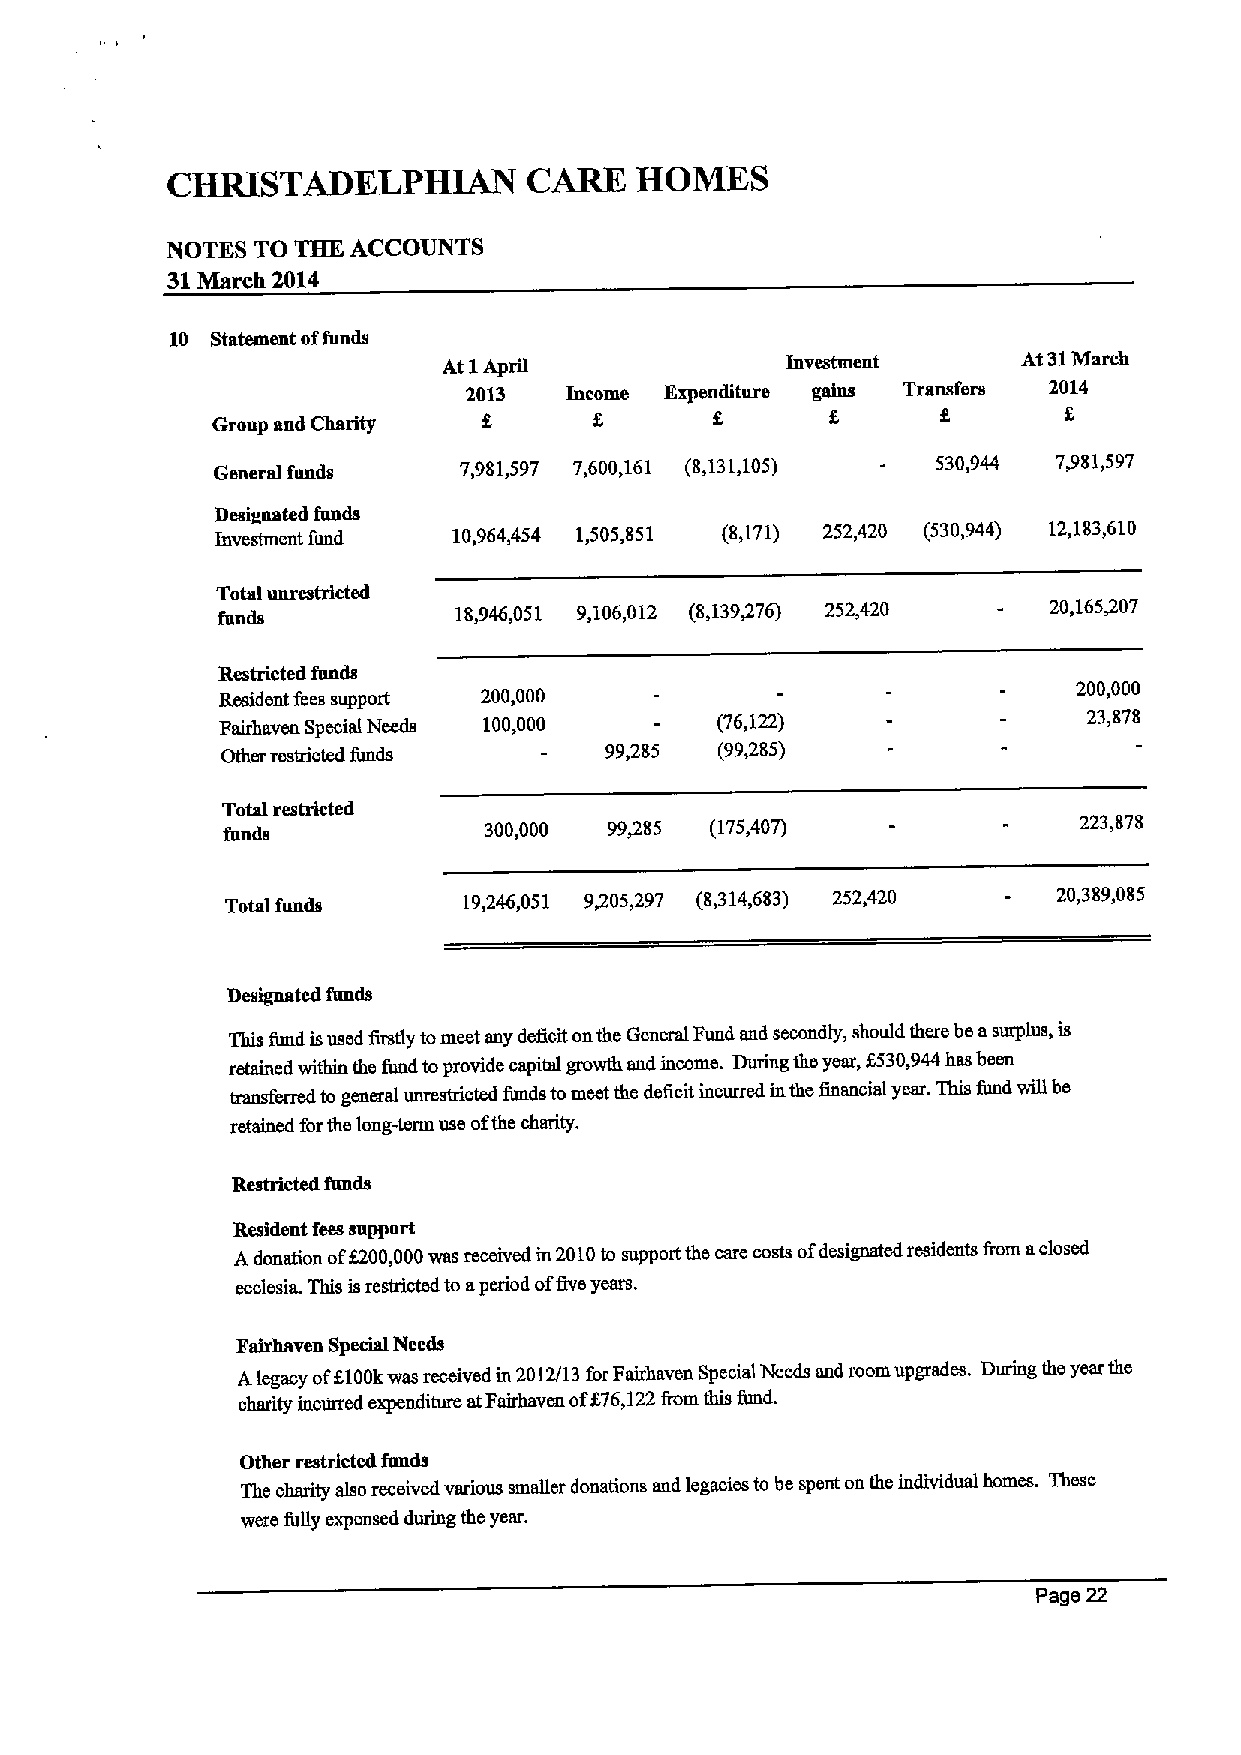
CHRISTADELPHIAN         CARE   HOMES
 NOTES TO THE ACCOUNTS
 31March 2014
 10 Statement offunds
 At 1April              Investment      At 31March
 2013  Income Expenditure gains Transfers 2014
 Group and Charity        f.              f.             8
 General fends   7,981,597 7,600,161 (8,131,105) 530,944 7P81,597
 Desigaated funds
 Investment fund 10,964,454 1,505,851 (8,171) 252,420 (530,944) 12,183,610
 Total unrestricted
 fends           18,946,051 9,106,012 (8,139/76) 252,420 20,165407
 Restricted fends
 200,000
 Resident &as support 200,000
 Fairhaven Special Needs 100,000  (76,122)                 23,878
 Other restricted funds   99,285  (99885)
 Total restricted
 funds            300,000 99485  (175,407)               223,878
 Total funds     19,246,051 9305,297 (8,314,683) 252,420 20,389,085
 Designated fends
 This fund isused firstly tomeet any defioit onthe General Fund and secondly, should there be asurplus, is
 retained within the fund toprovide capital gmwth and income. During the year, %530,944hss been
 transferred to general unrestricted fimds tomeet the deficit incurred inthe financiial year. This fund will be
 retained forthe long-term use ofthe charity.
 Restricted ftmds
 Resident fees support
 Adonation of5200,000was received m2010to support the care costs ofdesignated residents fiom aclosed
 ecclesirc This isrestricted to aperiod offive years.
 Fairhaven Special Needs
 Alegacy of6100kwas received in 2012/13 forFairhaven Special Needs and room upgrades. During the year the
 charity incurred expenditure atFairhaven off 76,122fiom this fund.
 Other restricted funds
 The charity also received various smaller donations and legacies to be spent on the individual homes. These
 were fuBy expensed during the year.
 Page 22